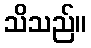
သိသည်။